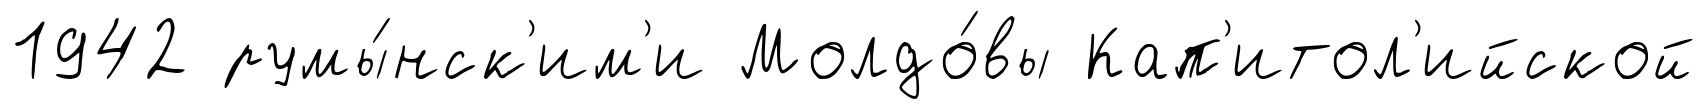
1942 румы́нск'им'и Молдо́вы Кап'итол'ийской